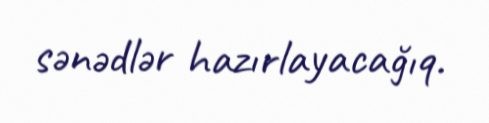
sənədlər hazırlayacağıq.